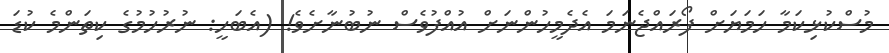
މުސްކުޅިކަމާ ހަމަޔަށް ފޯރައްޖެނަމަ އެދެމީހުންނަށް އުއްފުވެސް ނުބުނާށެވެ! (އެބަހީ: ނުރުހުމުގެ ކިތަންމެ ކުޑަ